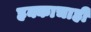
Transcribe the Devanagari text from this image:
हक्काचाही